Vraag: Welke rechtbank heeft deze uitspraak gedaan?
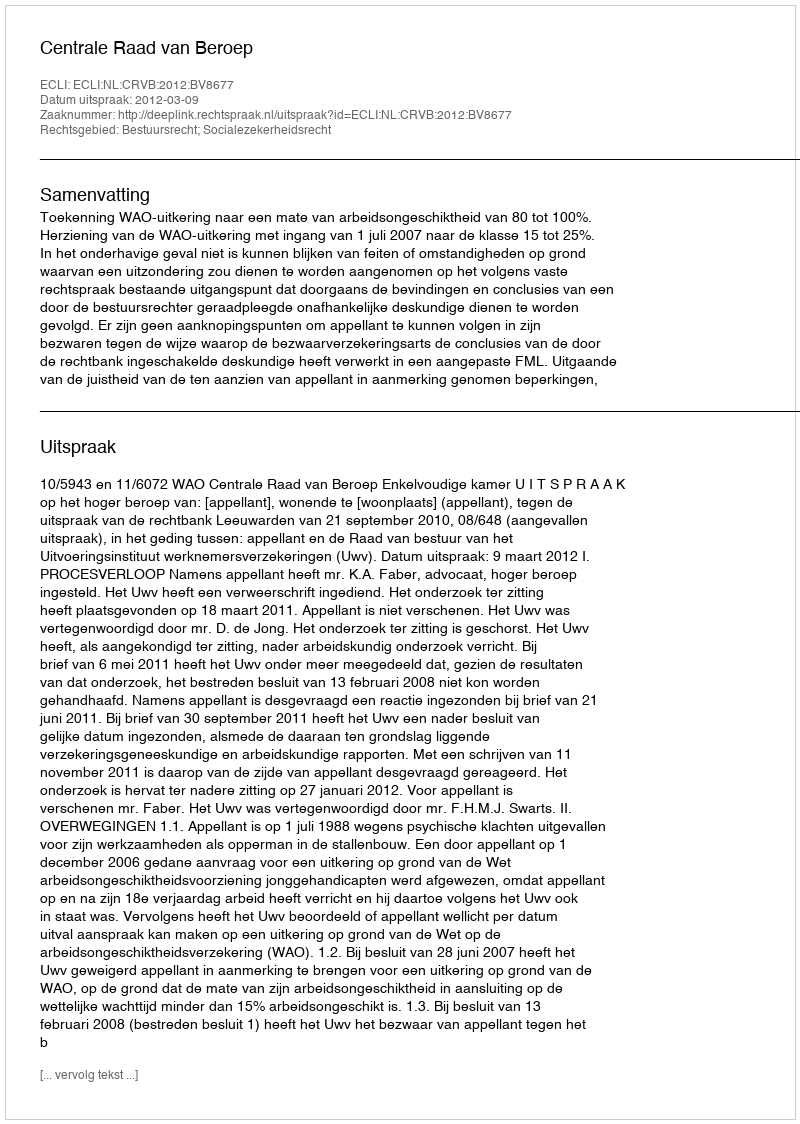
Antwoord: Centrale Raad van Beroep